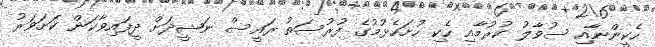
ހެކީންނާއި ސުވާލު ކުރުމާއި ހެކި ހުށަހެޅުމުގެ ފުރުސަތު ރައީސް ނަޝީދަށް ދީފައިވާކަން ކަށަވަރު